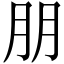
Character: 朋